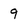
Character: 9